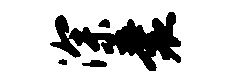
深囊